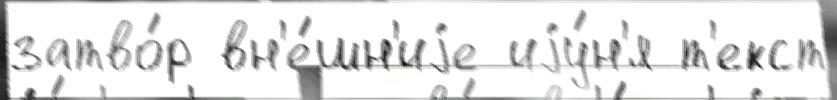
затво́р вн'е́шн'иjе иjу́н'я т'екст